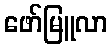
ဖော်မြူလာ